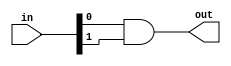

// test_simulation_and_1_test.v
module f1_test(input [1:0] in, output out);
assign out = in[0] & in[1];
endmodule

// test_simulation_and_2_test.v
module f2_test(input [1:0] in, output out);
assign out = in[0] && in[1];
endmodule

// test_simulation_and_3_test.v
module f3_test(input [2:0] in, output out);
assign out = in[0] & in[1] & in[2];
endmodule

// test_simulation_and_4_test.v
module f4_test(input [2:0] in, output out);
assign out = in[0] && in[1] && in[2];
endmodule

// test_simulation_and_5_test.v
module f5_test(input [3:0] in, output out);
assign out = in[0] & in[1] & in[2] & in[3];
endmodule

// test_simulation_and_6_test.v
module f6_test(input [3:0] in, output out);
assign out = in[0] && in[1] && in[2] && in[3];
endmodule

// test_simulation_and_7_test.v
module f7_test(input [3:0] in, output out);
and myand(out, in[0], in[1], in[2], in[3]);
endmodule